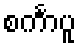
စင်္ကာပူ